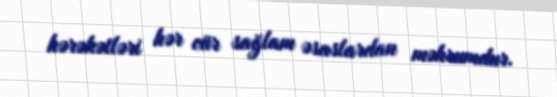
hərəkətləri hər cür sağlam əsaslardan məhrumdur.